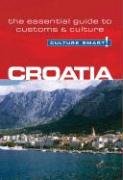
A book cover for Croatia - Culture Smart!: the essential guide to customs & culture; Irina Ban; Travel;